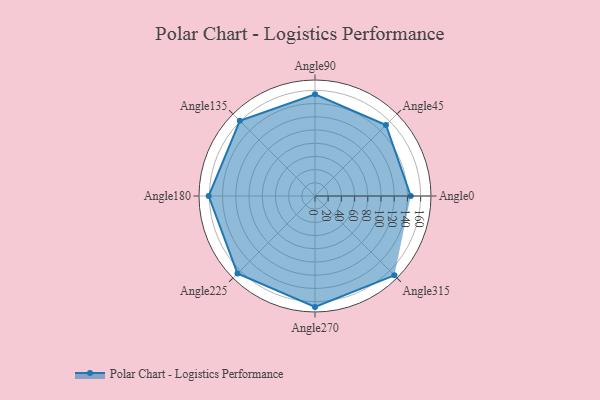
{"axis": {"x": "Angle", "y": "Radius"}, "legend": [""], "data": [{"x": "Angle0", "y": 145.0, "type": ""}, {"x": "Angle45", "y": 152.0, "type": ""}, {"x": "Angle90", "y": 154.0, "type": ""}, {"x": "Angle135", "y": 161.0, "type": ""}, {"x": "Angle180", "y": 161.0, "type": ""}, {"x": "Angle225", "y": 166.0, "type": ""}, {"x": "Angle270", "y": 168.0, "type": ""}, {"x": "Angle315", "y": 170, "type": ""}]}